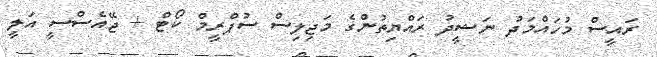
ރައީސް މުހައްމަދު ނަޝީދު ރައްޔިތުންގެ މަޖިލިސް ސުޕްރީމް ކޯޓް + ޖޭއެސްސީ އަލީ